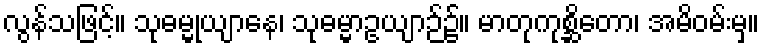
လွန်သဖြင့်။ သုဓမ္မုယျာနေ၊ သုဓမ္မာဥယျာဉ်၌။ မာတုကုစ္ဆိတော၊ အမိဝမ်းမှ။